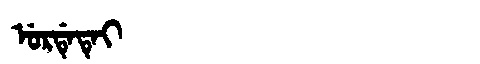
Manchu: ᡠᡵᡩᡝᡨᡝᡳ
Romanization: URDETEI